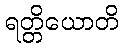
ရတ္တိယောတိ